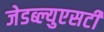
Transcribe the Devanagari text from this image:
जेडब्ल्युएसटी